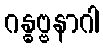
ဂန္ဓဗ္ဗနာဂါ